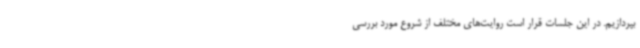
بپردازیم. در این جلسات قرار است روایت‌های مختلف از شروع مورد بررسی